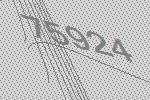
75924